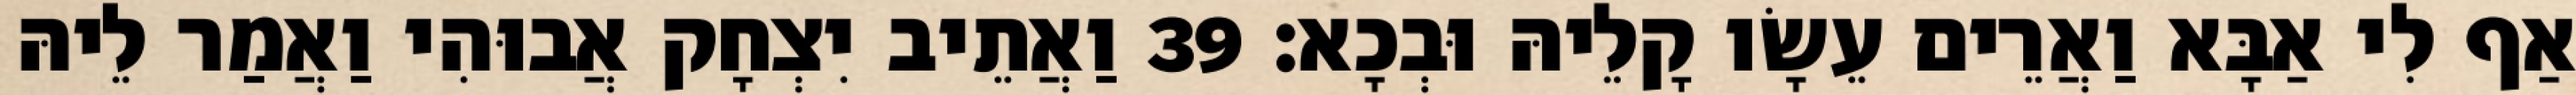
אַף לִי אַבָּא וַאֲרֵים עֵשָׂו קָלֵיהּ וּבְכָא׃ 39 וַאֲתֵיב יִצְחָק אֲבוּהִי וַאֲמַר לֵיהּ